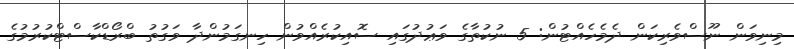
މިނިވަން ނޫސްވެރިކަން ދެމެހެއްޓުން: 5 ނުކުތާގެ ވަޢުދުގައި ސޮއިކުރެއްވުން ހިނގަމުންދާ ވަގުތު ބްރޯޑްކާސްޓްކުރުމުގެ